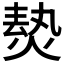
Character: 𱫡